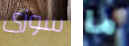
سوزى ما